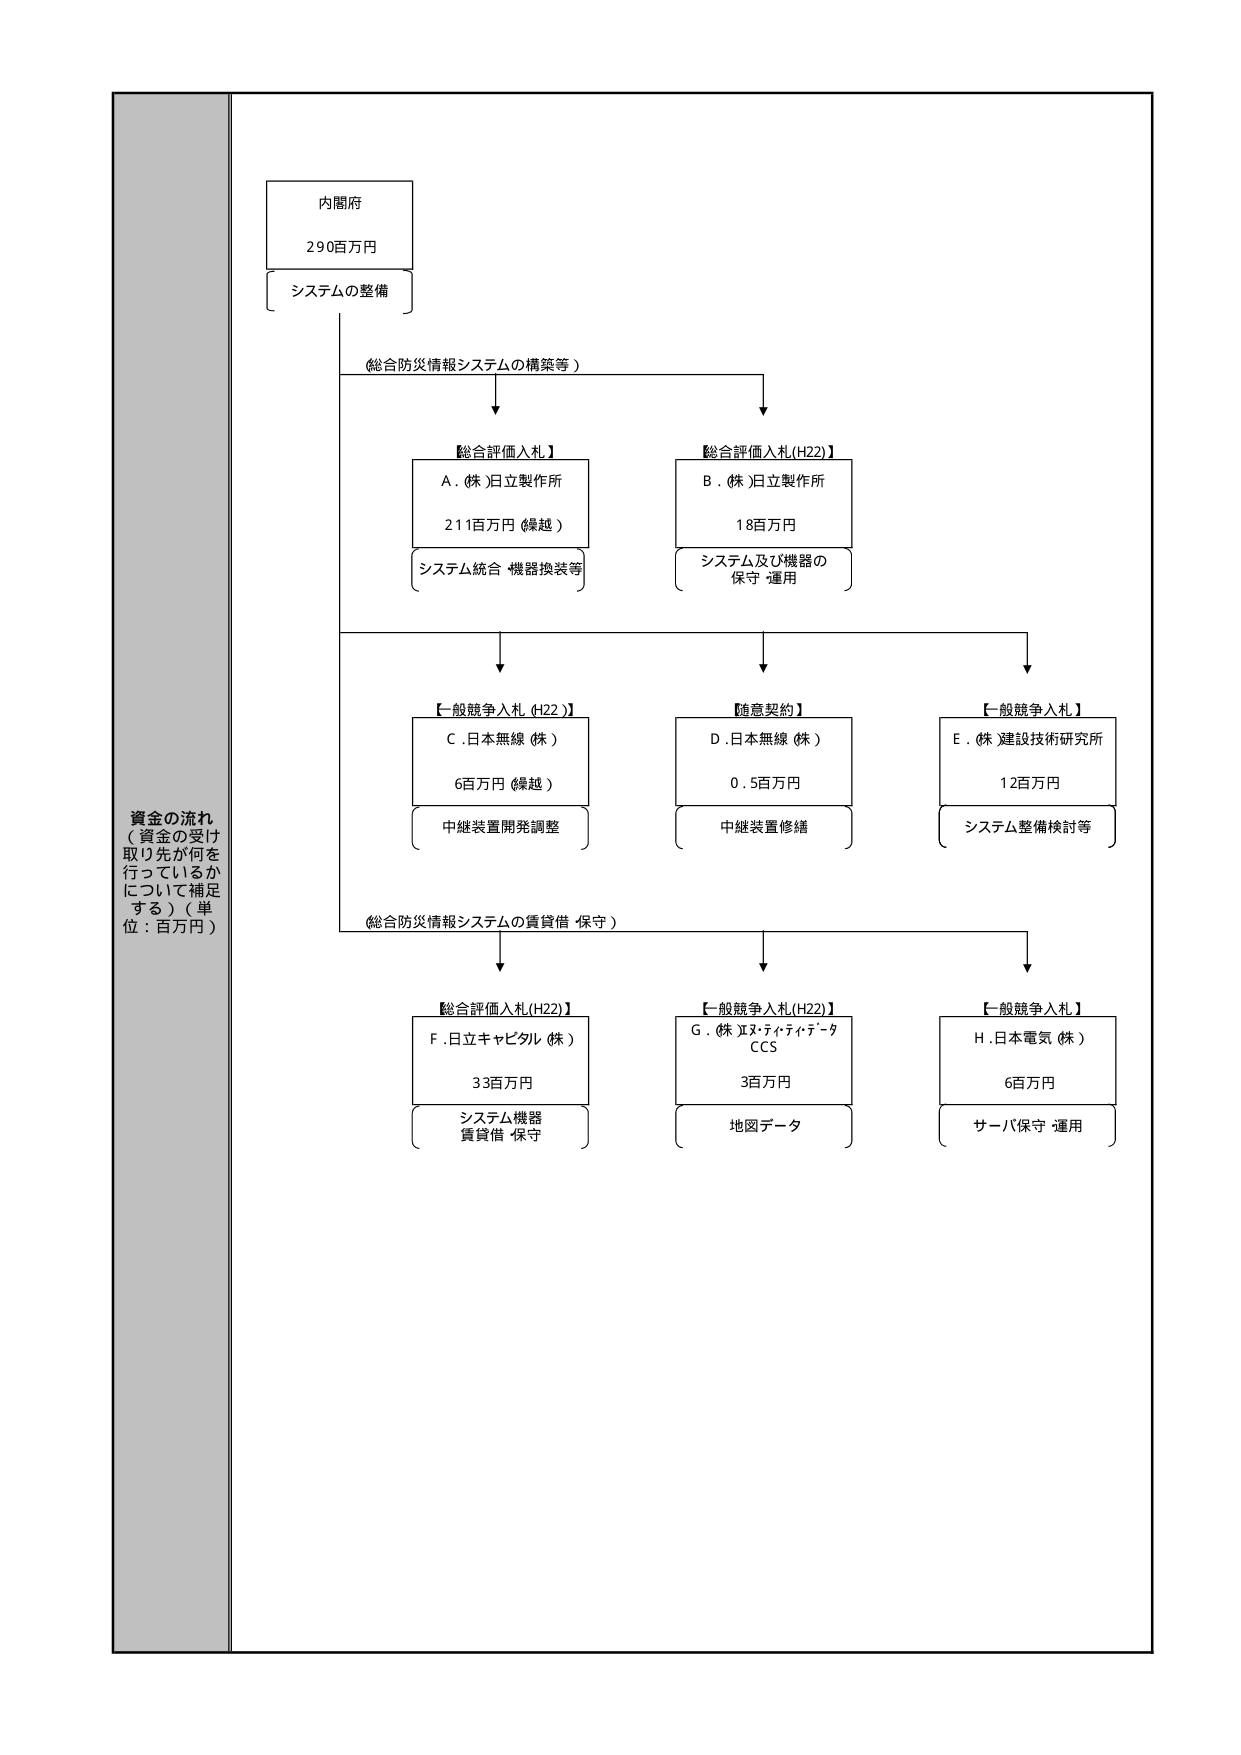
資金の流れ
（資金の受け
取り先が何を
行っているか
について補足
する）（単
位：百万円）

内閣府
290百万円
システムの整備

（総合防災情報システムの構築等）

【総合評価入札】
A．(株)日立製作所
211百万円（繰越）
システム統合・機器換装等

【総合評価入札(H22)】
B．(株)日立製作所
18百万円
システム及び機器の
保守・運用

【一般競争入札(H22)】
C．日本無線（株）
6百万円（繰越）
中継装置開発調整

【随意契約】
D．日本無線（株）
0.5百万円
中継装置修繕

【一般競争入札】
E．(株)建設技術研究所
12百万円
システム整備検討等

（総合防災情報システムの賃貸借・保守）

【総合評価入札(H22)】
F．日立キャピタル（株）
33百万円
システム機器
賃貸借・保守

【一般競争入札(H22)】
G．(株)エヌ・ティ・ティ・データ
CCS
3百万円
地図データ

【一般競争入札】
H．日本電気（株）
6百万円
サーバ保守・運用